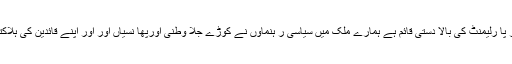
اج ملک میں آئین اور پا رلیمنٹ کی بالا دستی قائم ہے ہمارے ملک میں سیاسی ر ہنماوں نے کوڑے جلا وطنی اورپھا نسیاں اور اور اپنے قائدین کی ہلاکتیں بردا شت کی ہیں۔